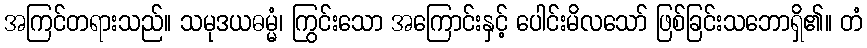
အကြင်တရားသည်။ သမုဒယဓမ္မံ၊ ကြွင်းသော အကြောင်းနှင့် ပေါင်းမိလသော် ဖြစ်ခြင်းသဘောရှိ၏။ တံ